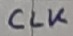
Text: CLK